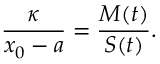
\frac { \kappa } { x _ { 0 } - a } = \frac { M ( t ) } { S ( t ) } .